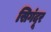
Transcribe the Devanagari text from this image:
सिगंदूर